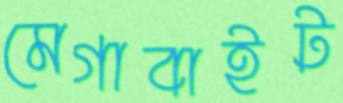
মেগাবাইট